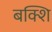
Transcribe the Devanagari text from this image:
बक्शि